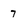
Character: 7